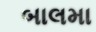
બાલમા